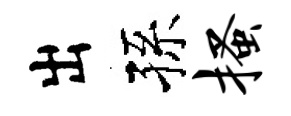
出孫搔